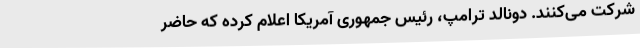
شرکت می‌کنند. دونالد ترامپ، رئیس جمهوری آمریکا اعلام کرده که حاضر